Etiology and epidemiology of plague
Disease focus: Plague
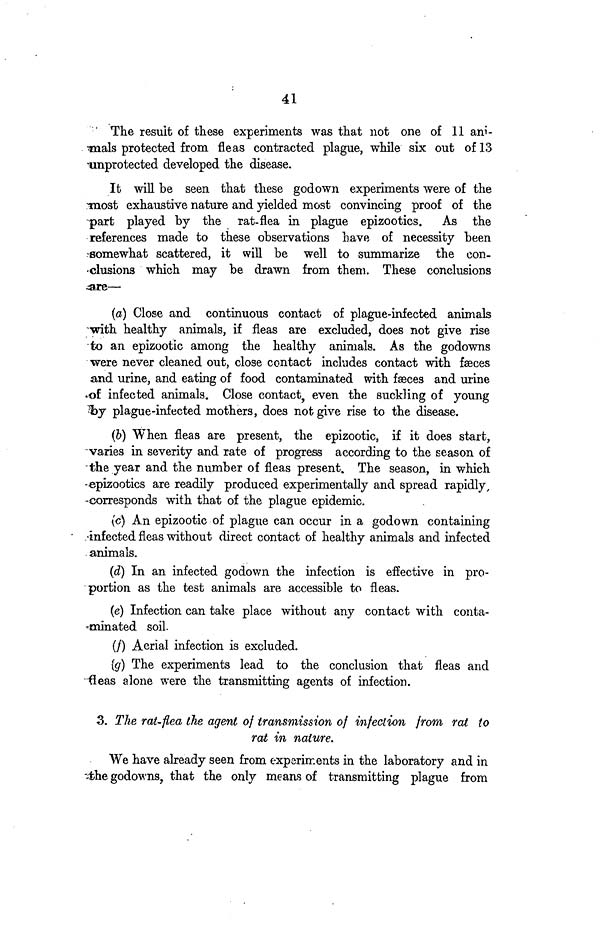
41
The result of these experiments was that not one of 11 ani-
gnals protected from fleas contracted plague, while six out of 13
unprotected developed the disease.
It will be seen that these godown experiments were of the
most exhaustive nature and yielded most convincing proof of the
part played by the rat-flea in plague epizootics. As the
references made to these observations have of necessity been
somewhat scattered, it will be well to summarize the con-
clusions which may be drawn from them. These conclusions
are—
(a) Close and continuous contact of plague-infected animals
with healthy animals, if fleas are excluded, does not give rise
-to an epizootic among the healthy animals. As the godowns
were never cleaned out, close contact includes contact with fæces
and urine, and eating of food contaminated with fæces and urine
of infected animals. Close contact, even the suckling of young
by plague-infected mothers, does not give rise to the disease.
(b) When fleas are present, the epizootic, if it does start,
varies in severity and rate of progress according to the season of
-the year and the number of fleas present. The season, in which
epizootics are readily produced experimentally and spread rapidly,
corresponds with that of the plague epidemic.
(c) An epizootic of plague can occur in a godown containing
infected fleas without direct contact of healthy animals and infected
animals.
(d) In an infected godown the infection is effective in pro-
portion as the test animals are accessible to fleas.
(e) Infection can take place without any contact with conta-
minated soil.
(/) Aerial infection is excluded.
(g) The experiments lead to the conclusion that fleas and
fleas alone were the transmitting agents of infection.
3. The rat-flea the agent of transmission of infection from rat to
rat in nature.
We have already seen from experiments in the laboratory and in
the godowns, that the only means of transmitting plague from